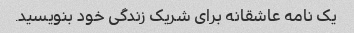
یک نامه عاشقانه برای شریک زندگی خود بنویسید.